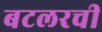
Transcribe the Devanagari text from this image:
बटलरची